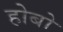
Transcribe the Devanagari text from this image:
होबो